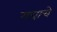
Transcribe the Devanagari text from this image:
गद्याचे